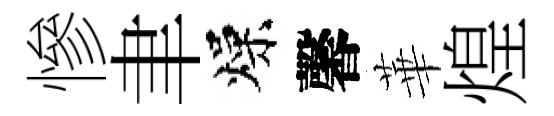
慘聿燥馨華煌